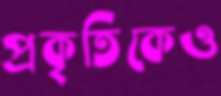
প্রকৃতিকেও